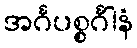
အင်္ဂပစ္စင်္ဂါနံ